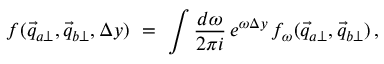
f ( \vec { q } _ { a \perp } , \vec { q } _ { b \perp } , \Delta y ) \ = \ \int { \frac { d \omega } { 2 \pi i } } \, e ^ { \omega \Delta y } \, f _ { \omega } ( \vec { q } _ { a \perp } , \vec { q } _ { b \perp } ) \, ,